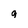
Character: q